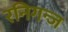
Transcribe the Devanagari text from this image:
रनिगन्ज